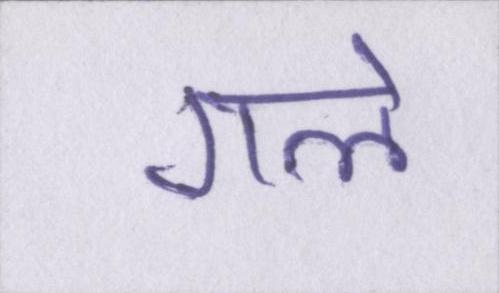
गले